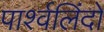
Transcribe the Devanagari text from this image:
पार्श्वलिंदों